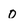
Character: 0